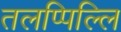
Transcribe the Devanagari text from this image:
तलप्पिल्लि